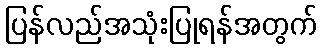
ပြန်လည်အသုံးပြုရန်အတွက်